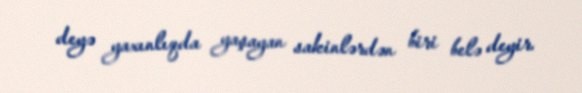
deyə yaxınlıqda yaşayan sakinlərdən biri belə deyir.